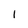
Character: I